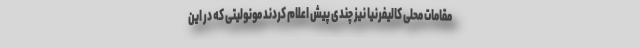
مقامات محلی کالیفرنیا نیز چندی پیش اعلام کردند مونولیتی که در این